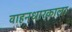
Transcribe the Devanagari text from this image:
वाहनधारकाला